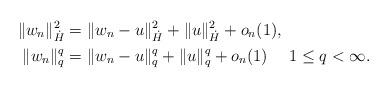
LaTeX: \begin{align*}\|w_n\|_{\dot H}^2 &=\|w_n-u\|_{\dot H}^2+ \|u\|_{\dot H}^2+o_n(1),\\\|w_n\|_{q}^q & = \|w_n- u\|_{q}^q + \|u\|_{q}^q + o_n(1) \ \ \ \ 1 \leq q < \infty.\end{align*}